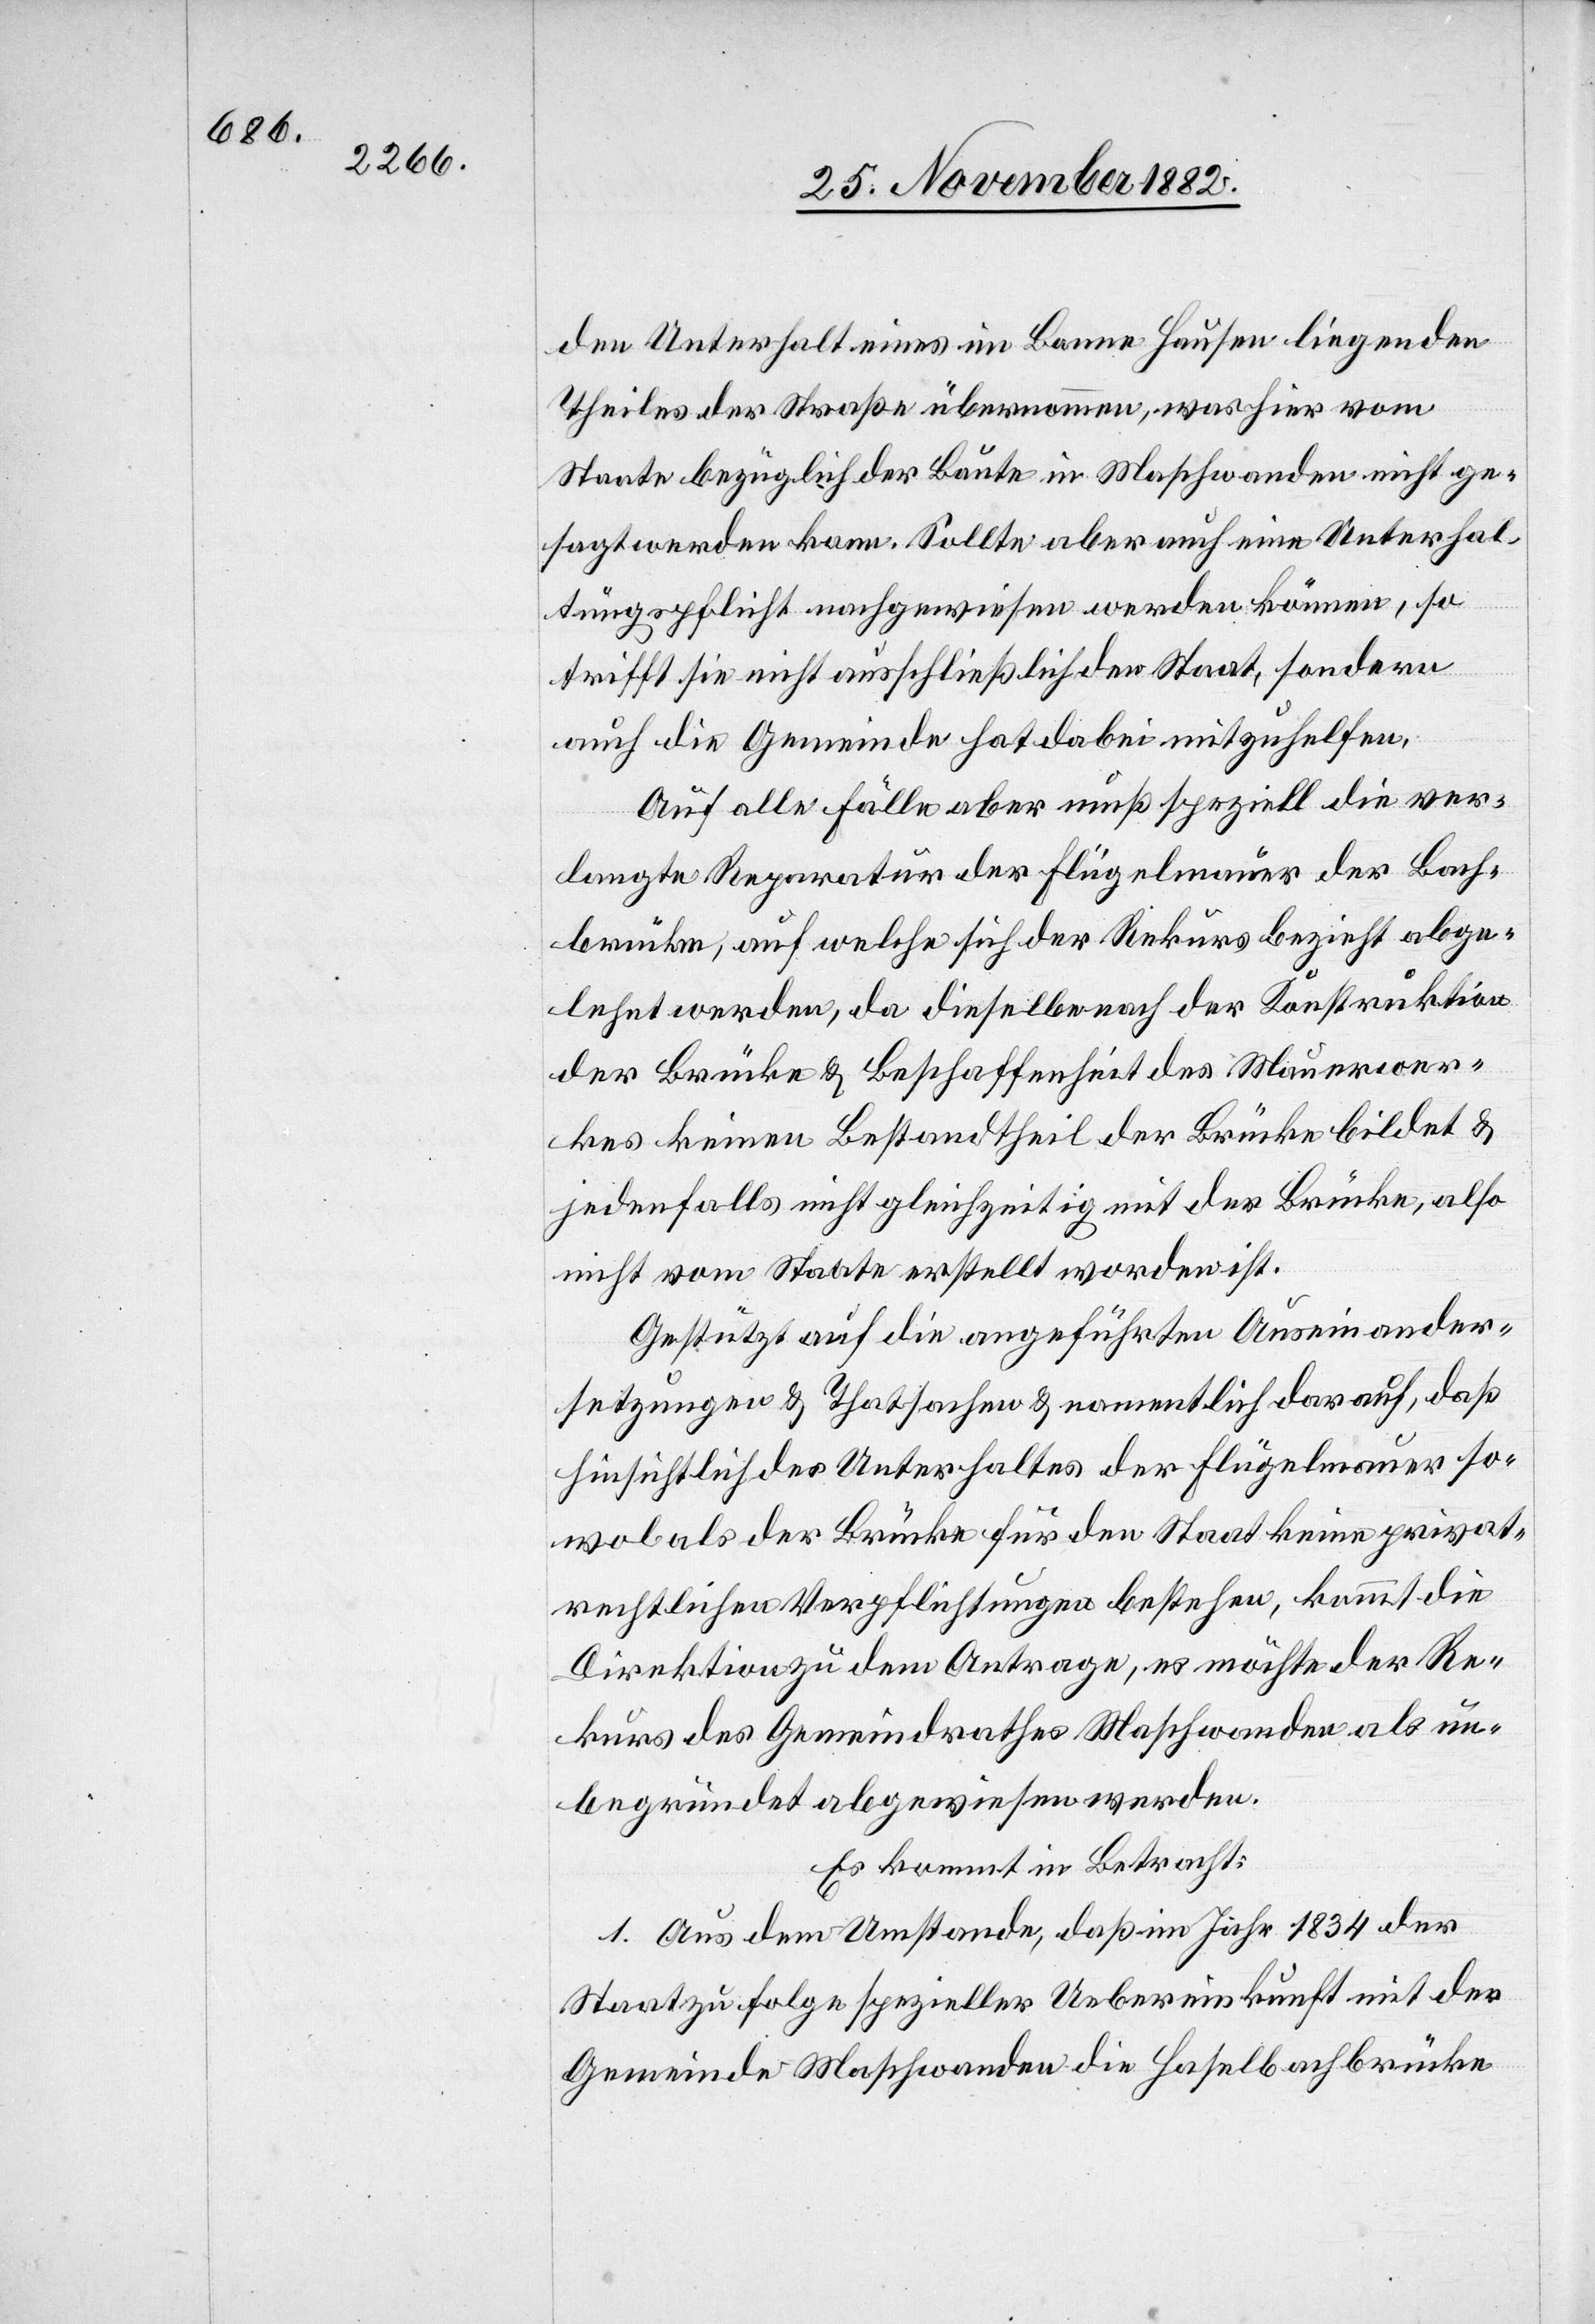
den Unterhalt eines im Banne Hausen liegenden
Theiles der Straße übernommen, was hier vom
Staate bezüglich der Baute in Maschwanden nicht ge¬
sagt werden kann. Sollte aber auch eine Unterhal¬
tungspflicht nachgewiesen werden können, so
trifft sie nicht ausschließlich den Staat, sondern
auch die Gemeinde hat dabei mitzuhelfen.
Auf alle Fälle aber muß speziell die ver¬
langte Reparatur der Flügelmauer der Bach¬
brücke, auf welche sich der Rekurs bezieht abge¬
lehnt werden, da dieselbe nach der Konstruktion
der Brücke & Beschaffenheit des Mauerwer¬
kes keinen Bestandtheil der Brücke bildet &
jedenfalls nicht gleichzeitig mit der Brücke, also
nicht vom Staate erstellt worden ist.
Gestützt auf die angeführten Auseinander¬
setzungen & Thatsachen & namentlich darauf, daß
hinsichtlich des Unterhaltes der Flügelmauer so¬
wol als der Brücke für den Staat keine privat¬
rechtlichen Verpflichtungen bestehen, kommt die
Direktion zu dem Antrage, es möchte der Re¬
kurs des Gemeindrathes Maschwanden als un¬
begründet abgewiesen werden.
Es kommt in Betracht:
1. Aus dem Umstande, daß im Jahr 1834 der
Staat zu Folge spezieller Uebereinkunft mit der
Gemeinde Maschwanden die Haselbachbrücke